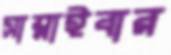
সাম্‌লাইবার